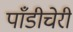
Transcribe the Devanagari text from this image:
पाँडीचेरी